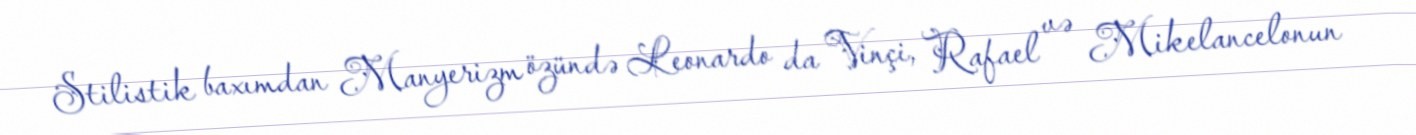
Stilistik baxımdan Manyerizm özündə Leonardo da Vinçi, Rafael və Mikelancelonun